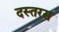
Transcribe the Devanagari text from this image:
दस्तरस